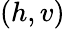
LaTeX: (h,v)